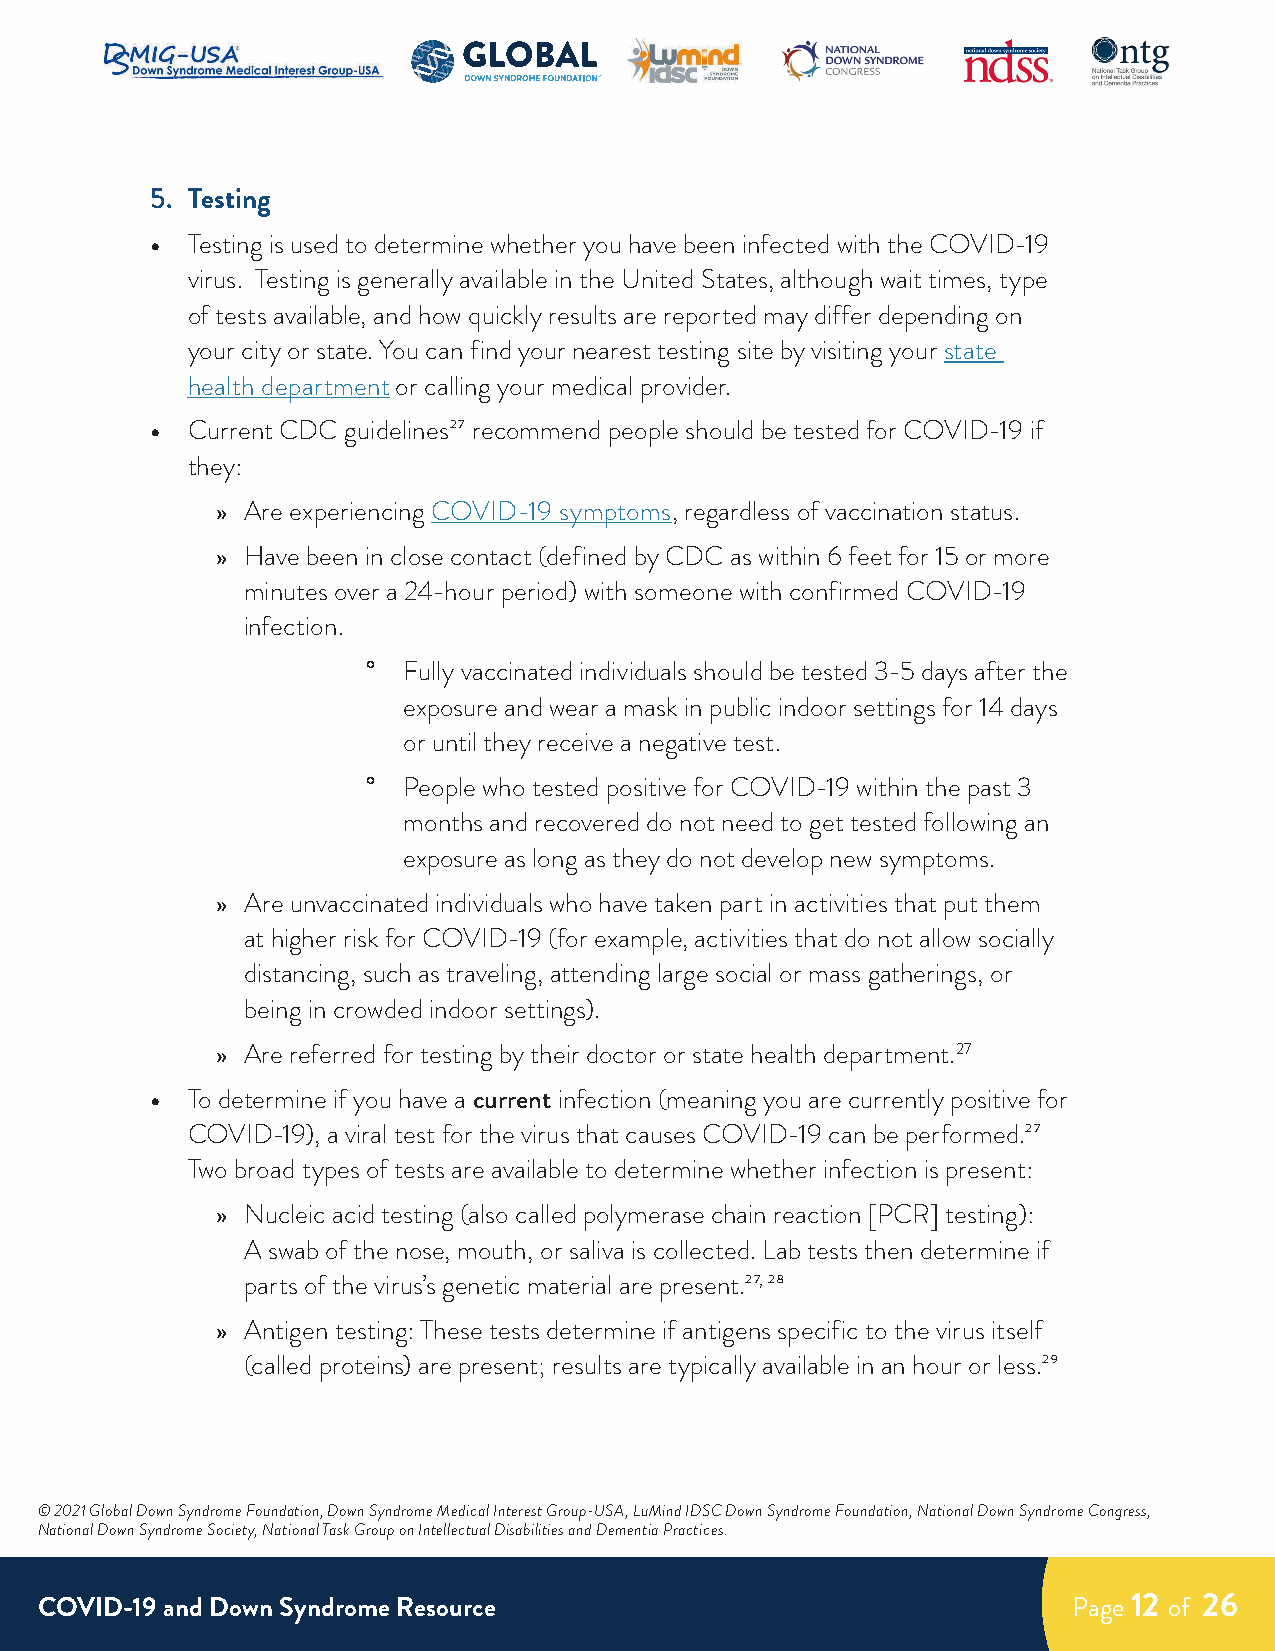
5. Testing
 • Testing is used to determine whether you have been infected with the COVID-19
 virus. Testing is generally available in the United States, although wait times, type
 of tests available, and how quickly results are reported may differ depending on
 your city or state. You can find your nearest testing site by visiting your state
 health department or calling your medical provider.
 • Current CDC guidelines27 recommend people should be tested for COVID-19 if
 they:
 » Are experiencing COVID-19 symptoms, regardless of vaccination status.
 » Have been in close contact (defined by CDC as within 6 feet for 15 or more
 minutes over a 24-hour period) with someone with confirmed COVID-19
 infection.
 °  Fully vaccinated individuals should be tested 3-5 days after the
 exposure and wear a mask in public indoor settings for 14 days
 or until they receive a negative test.
 °  People who tested positive for COVID-19 within the past 3
 months and recovered do not need to get tested following an
 exposure as long as they do not develop new symptoms.
 » Are unvaccinated individuals who have taken part in activities that put them
 at higher risk for COVID-19 (for example, activities that do not allow socially
 distancing, such as traveling, attending large social or mass gatherings, or
 being in crowded indoor settings).
 » Are referred for testing by their doctor or state health department.27
 • To determine if you have a current infection (meaning you are currently positive for
 COVID-19), a viral test for the virus that causes COVID-19 can be performed.27
 Two broad types of tests are available to determine whether infection is present:
 » Nucleic acid testing (also called polymerase chain reaction [PCR] testing):
 A swab of the nose, mouth, or saliva is collected. Lab tests then determine if
 parts of the virus’s genetic material are present.27, 28
 » Antigen testing: These tests determine if antigens specific to the virus itself
 (called proteins) are present; results are typically available in an hour or less.29
 © 2021 Global Down Syndrome Foundation, Down Syndrome Medical Interest Group-USA, LuMind IDSC Down Syndrome Foundation, National Down Syndrome Congress,
 National Down Syndrome Society, National Task Group on Intellectual Disabilities and Dementia Practices.
 COVID-19 and Down Syndrome Resource                                  Page 12 of 26